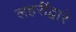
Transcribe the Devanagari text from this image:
लहरींद्वारे